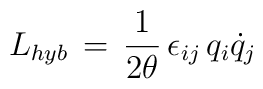
L_{hyb}\,=\,\frac{1}{2\theta}\,\epsilon_{ij}\,q_i\dot q_j